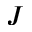
J